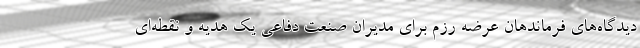
دیدگاه‌های فرماندهان عرضه رزم برای مدیران صنعت دفاعی یک هدیه و نقطه‌ای